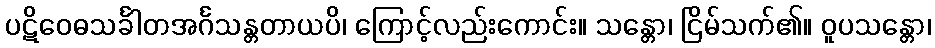
ပဋိဝေဓသင်္ခါတအင်္ဂသန္တတာယပိ၊ ကြောင့်လည်းကောင်း။ သန္တော၊ ငြိမ်သက်၏။ ဝူပသန္တော၊